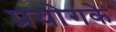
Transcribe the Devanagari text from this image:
प्रयोगके